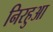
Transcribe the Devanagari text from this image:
निरहुआ